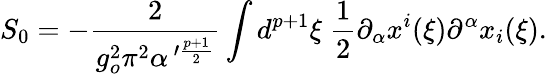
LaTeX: S_{0}=-\frac{2}{g_{o}^{2}\pi^{2}\alpha^{\, \prime\frac{p+1}{2}}}\int d^{p+1}\xi\; \frac{1}{2}\partial_{\alpha}x^{i}(\xi)\partial^{\alpha}x_{i}(\xi).